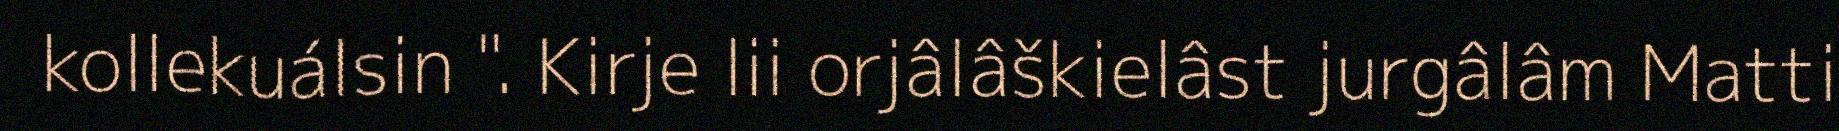
kollekuálsin ". Kirje lii orjâlâškielâst jurgâlâm Matti